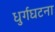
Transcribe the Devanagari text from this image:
धुर्गघटना